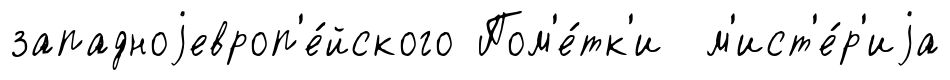
западноjевроп'е́йского Пом'е́тк'и м'ист'е́р'иjа